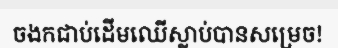
ចងកជាប់ដើមឈើស្លាប់បានសម្រេច!